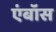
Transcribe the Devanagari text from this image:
एंबॉस